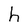
Character: h